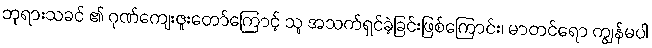
ဘုရားသခင် ၏ ဂုဏ်ကျေးဇူးတော်ကြောင့် သူ အသက်ရှင်ခဲ့ခြင်းဖြစ်ကြောင်း၊ မာတင်ရော ကျွန်မပါ